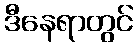
ဒီနေရာတွင်